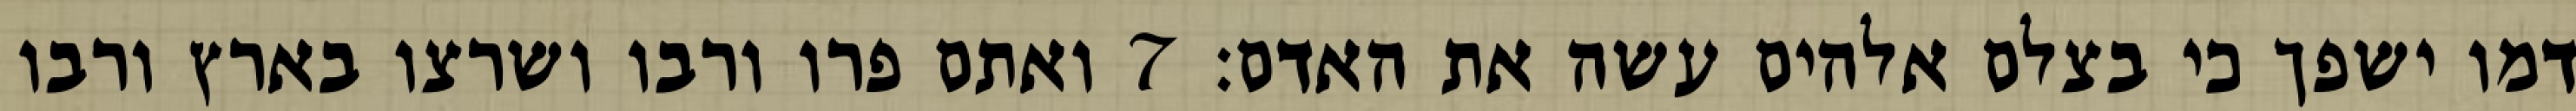
דמו ישפך כי בצלם אלהים עשה את האדם׃ ‎7‏ ואתם פרו ורבו ושרצו בארץ ורבו